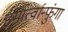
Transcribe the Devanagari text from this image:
हमार्त्वान्फुंगा